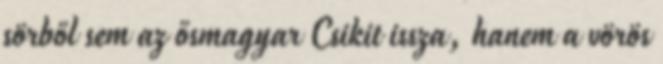
sörből sem az ősmagyar Csikit issza, hanem a vörös